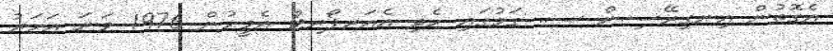
އެގޮތުން އިނގިރޭސިން ސ. ގަމުގައި ހެދި އެއަރޕޯރޓް އެމީހުން 1976 ވަނަ އަހަރު